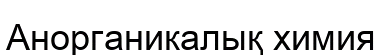
Анорганикалық химия